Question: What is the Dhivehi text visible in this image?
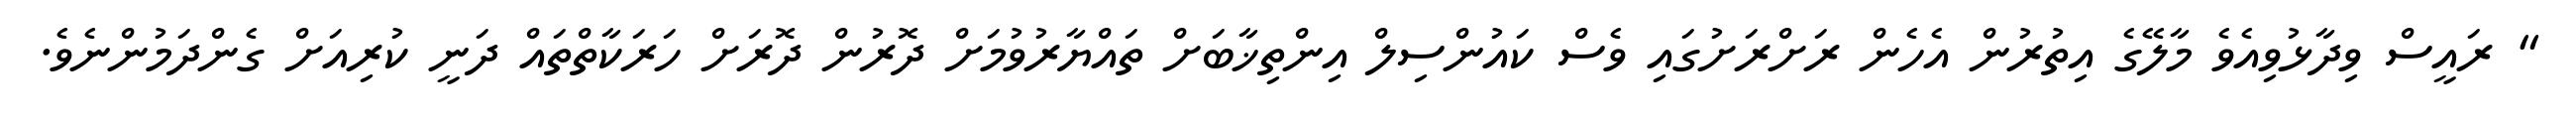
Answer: " ރައީސް ވިދާޅުވިއެވެ މާލޭގެ އިތުރުން އެހެން ރަށްރަށުގައި ވެސް ކައުންސިލް އިންތިޚާބަށް ތައްޔާރުވުމަށް ދޮރުން ދޮރަށް ހަރަކާތްތައް ދަނީ ކުރިއަށް ގެންދަމުންނެވެ.